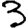
Digit: 3